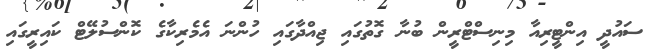
ސައުދީ އިންޓީރިއާ މިނިސްޓްރީން ބުނާ ގޮތުގައި ޖިއްދާގައި ހުންނަ އެމެރިކާގެ ކޮންސުލޭޓް ކައިރީގައި